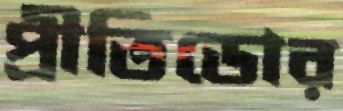
প্রীতিডোর